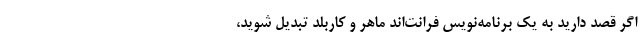
اگر قصد دارید به یک برنامه‌نویس فرانت‌اند ماهر و کاربلد تبدیل شوید،